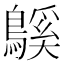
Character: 䳶